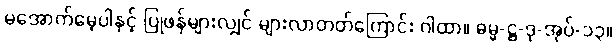
မအောက်မေ့ပါနှင့် ပြုဖန်များလျှင် များလာတတ်ကြောင်း ဂါထာ။ ဓမ္မ-ဋ္ဌ-ဒု-အုပ်-၁၃။